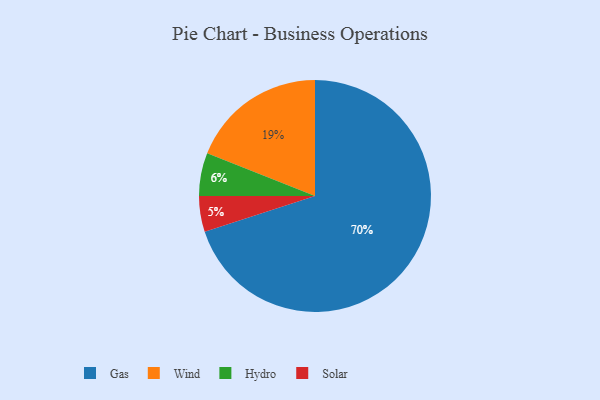
{"axis": {"x": "Category", "y": "Percentage"}, "legend": ["Gas", "Hydro", "Solar", "Wind"], "data": [{"x": "Solar", "y": 5, "type": "Solar"}, {"x": "Hydro", "y": 6, "type": "Hydro"}, {"x": "Wind", "y": 19, "type": "Wind"}, {"x": "Gas", "y": 70, "type": "Gas"}]}